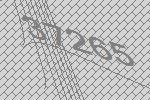
37265